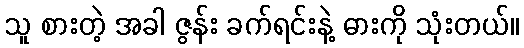
သူ စားတဲ့ အခါ ဇွန်း ခက်ရင်းနဲ့ ဓားကို သုံးတယ်။